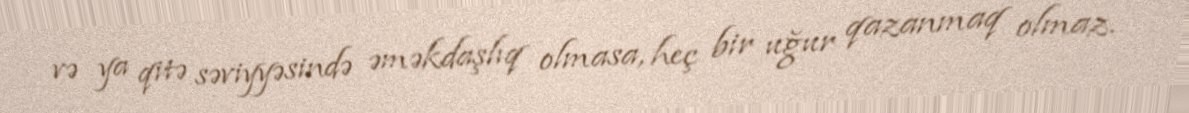
və ya qitə səviyyəsində əməkdaşlıq olmasa, heç bir uğur qazanmaq olmaz.